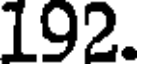
192.